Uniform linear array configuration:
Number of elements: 24
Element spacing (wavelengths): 0.25
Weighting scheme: uniform
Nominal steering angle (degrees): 30
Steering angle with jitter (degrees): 30.553
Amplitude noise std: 0.05
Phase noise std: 0.05

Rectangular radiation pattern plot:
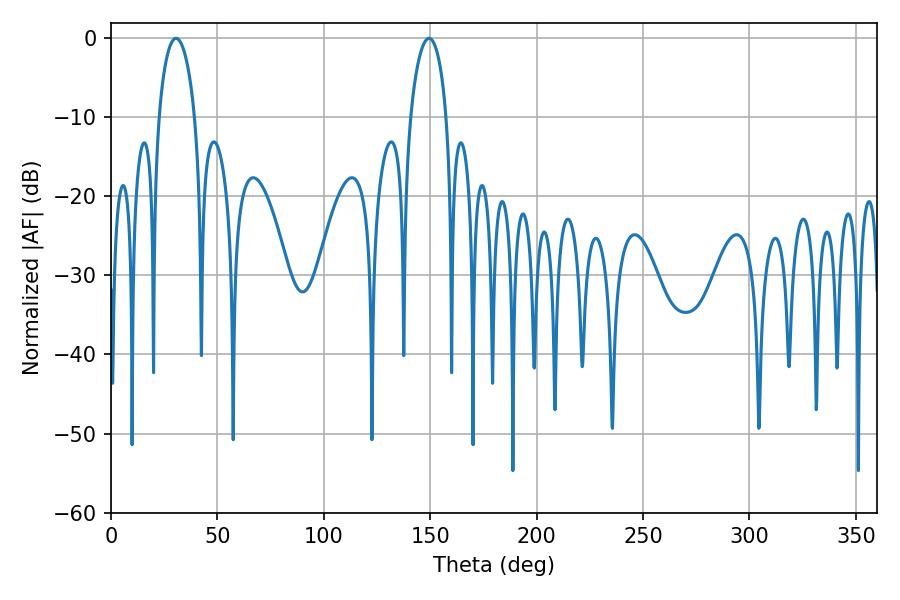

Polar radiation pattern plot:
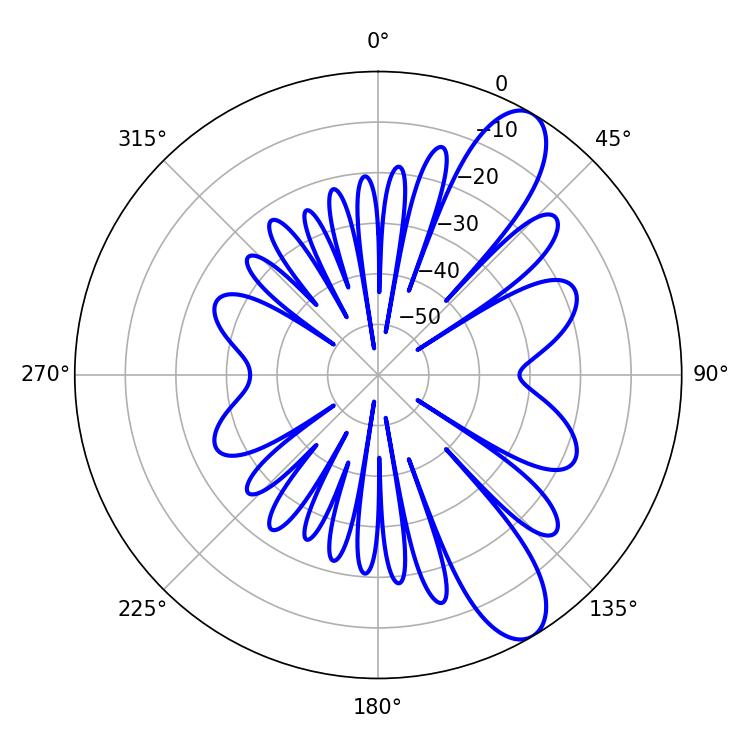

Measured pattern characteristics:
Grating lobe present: FALSE
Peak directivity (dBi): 10.1
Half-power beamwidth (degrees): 9.54
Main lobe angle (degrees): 30.6